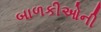
બાળકીઓની